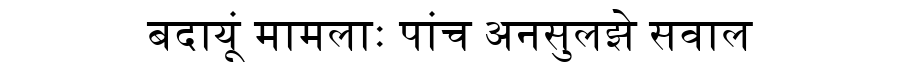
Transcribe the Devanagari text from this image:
बदायूं मामलाः पांच अनसुलझे सवाल